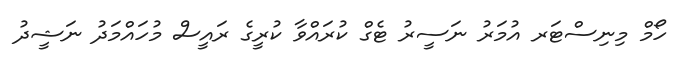
ހޯމް މިނިސްޓަރ އުމަރު ނަސީރު ޓެގް ކުރައްވާ ކުރީގެ ރައީސް މުހައްމަދު ނަޝީދު